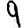
Digit: 9